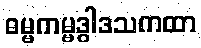
ဓမ္မကမ္မဒွါဒသကထာ